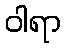
ဝါရာ